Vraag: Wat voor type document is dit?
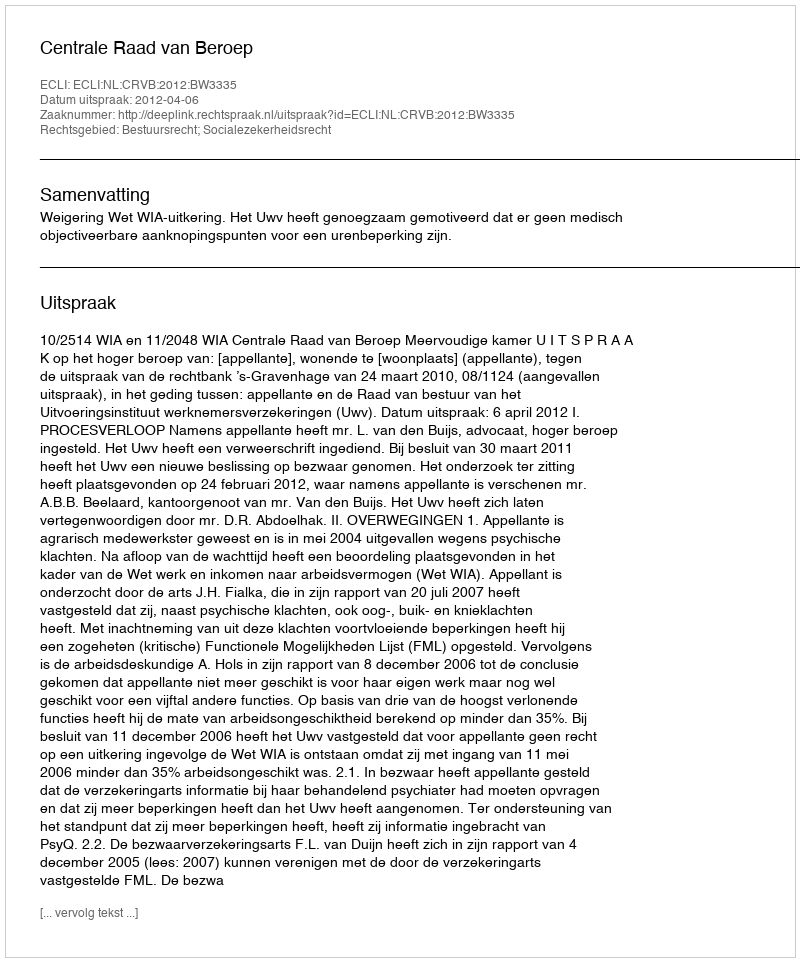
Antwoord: Uitspraak